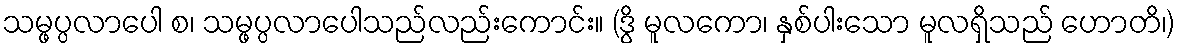
သမ္ဖပ္ပလာပေါ စ၊ သမ္ဖပ္ပလာပေါသည်လည်းကောင်း။ (ဒွိ မူလကော၊ နှစ်ပါးသော မူလရှိသည် ဟောတိ၊)